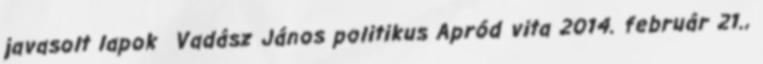
javasolt lapok Vadász János politikus Apród vita 2014. február 21.,